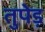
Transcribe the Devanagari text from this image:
तुपेड़